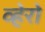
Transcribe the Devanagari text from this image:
व्हेरो